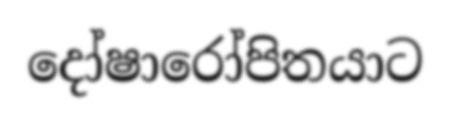
දෝෂාරෝපිතයාට